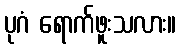
ပုဂံ ရောက်ဖူးသလား။